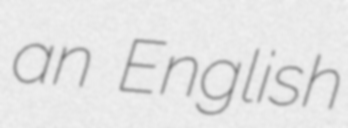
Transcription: an English